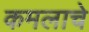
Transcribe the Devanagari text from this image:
कमलाचे